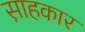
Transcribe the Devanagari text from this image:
स़ाहकार